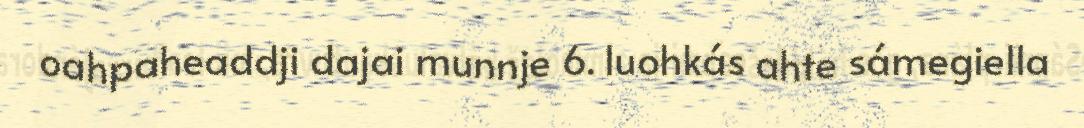
oahpaheaddji dajai munnje 6. luohkás ahte sámegiella